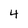
Character: 4